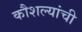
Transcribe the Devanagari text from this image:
कौशल्यांची